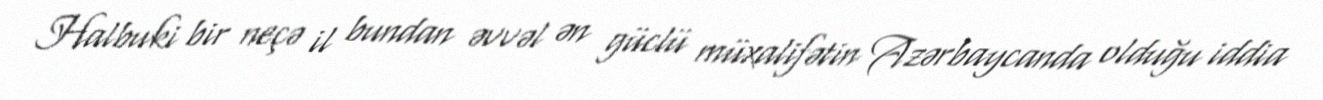
Halbuki bir neçə il bundan əvvəl ən güclü müxalifətin Azərbaycanda olduğu iddia